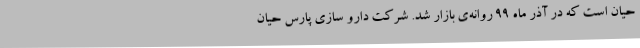
حیان است که در آذر ماه ۹۹ روانه‌ی بازار شد. شرکت دارو سازی پارس حیان